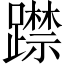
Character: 𨆃